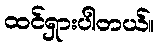
ထင်ရှားပါတယ်။